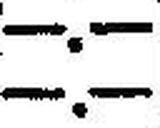
—.—